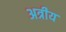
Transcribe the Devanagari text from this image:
अत्रीय